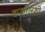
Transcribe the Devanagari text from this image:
शकीलशी